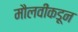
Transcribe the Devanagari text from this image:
मौलवींकडून